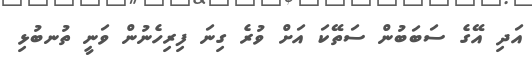
އަދި އޭގެ ސަބަބުން ސަތޭކަ އަށް ވުރެ ގިނަ ފިރިހެނުން ވަނީ ތުނބުޅި